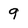
Character: 9